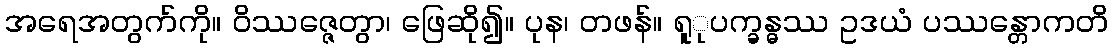
အရေအတွက်ကို။ ဝိဿဇ္ဇေတွာ၊ ဖြေဆို၍။ ပုန၊ တဖန်။ ရူုပက္ခန္ဓဿ ဥဒယံ ပဿန္တောကတိ